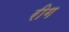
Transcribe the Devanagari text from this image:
रीग